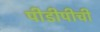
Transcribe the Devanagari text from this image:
पीडीपीची